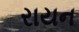
રાયન